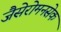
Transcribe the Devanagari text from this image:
जैसेरोमनसेक